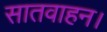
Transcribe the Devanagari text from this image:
सातवाहन।